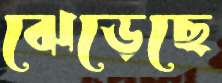
ঝেড়েছে